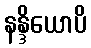
နန္ဒိယောပိ